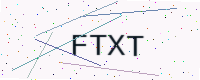
Text: FTXT